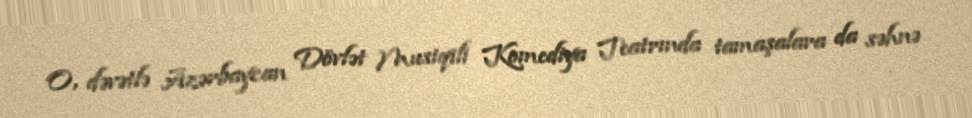
O, dəvətlə Azərbaycan Dövlət Musiqili Komediya Teatrında tamaşalara da səhnə